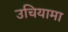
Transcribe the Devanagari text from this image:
उचियामा